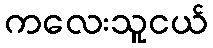
ကလေးသူငယ်